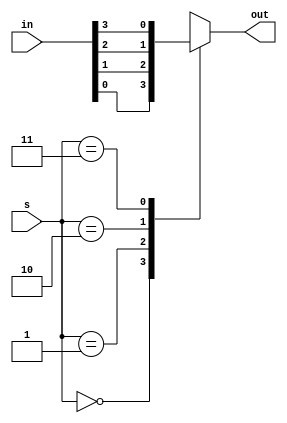
module four_to_one(out, in, s);
output reg out;
input[3:0] in;
input [1:0] s;
always @(*)
begin
	case(s)
		2'b00 : out=in[0];
		2'b01 : out=in[1];
		2'b10 : out=in[2];
		2'b11 : out=in[3];
	endcase
end
endmodule